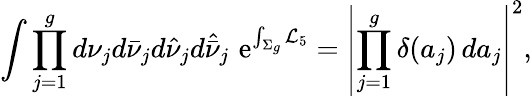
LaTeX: \int\prod_{j=1}^{g}d\nu_{j}d\bar{\nu}_{j}d\hat{\nu}_{j}d\hat{\bar{\nu}}_{j}\, \, \mathrm{e}^{\int_{\Sigma_{g}}{\cal L}_{5}}=\left|\prod_{j=1}^{g}\delta(a_{j})\, da_{j}\right|^{2},